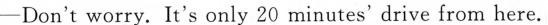
—Don't worry. It's only 20 minutes' drive from here.